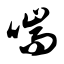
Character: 喘